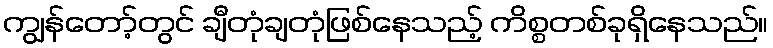
ကျွန်တော့်တွင် ချီတုံချတုံဖြစ်နေသည့် ကိစ္စတစ်ခုရှိနေသည်။